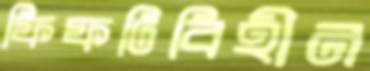
ফিফটিবিহীন